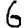
Digit: 6